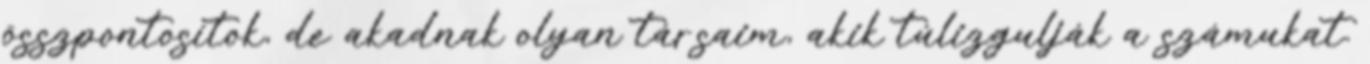
összpontosítok, de akadnak olyan társaim, akik túlizgulják a számukat.